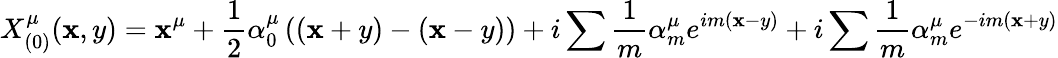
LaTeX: X_{(0)}^{\mu}(\mathbf{x},y)=\mathbf{x}^{\mu}+\frac{{1}}{{2}}\alpha_{0}^{\mu}\left((\mathbf{x}+y)-(\mathbf{x}-y)\right)+i\sum\frac{{1}}{{m}}\alpha_{m}^{\mu}e^{im(\mathbf{x}-y)}+i\sum\frac{{1}}{{m}}\alpha_{m}^{\mu}e^{-im(\mathbf{x}+y)}